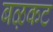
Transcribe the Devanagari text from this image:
बऴकट